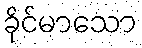
ခိုင်မာသော